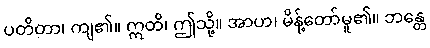
ပတိတာ၊ ကျ၏။ ဣတိ၊ ဤသို့။ အာဟ၊ မိန့်တော်မူ၏။ ဘန္တေ